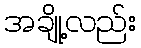
အချို့လည်း